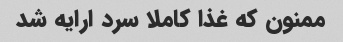
ممنون که غذا کاملا سرد ارایه شد